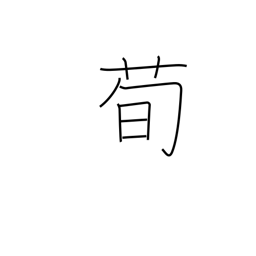
Meaning: type of plant